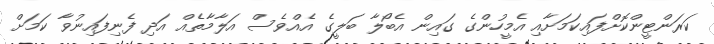
ކަރަންޓީންކޮށްފައިކަމަށާއި އެމީހުންގެ ގައިން އެބޯލާ ބަލީގެ އެއްވެސް އަލާމާތެއް އަދި ފެނިފައިނުވާ ކަމަށް